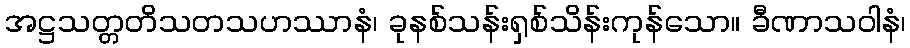
အဋ္ဌသတ္တတိသတသဟဿာနံ၊ ခုနစ်သန်းရှစ်သိန်းကုန်သော။ ခီဏာသဝါနံ၊